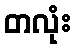
တလုံး